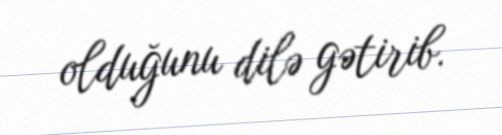
olduğunu dilə gətirib.